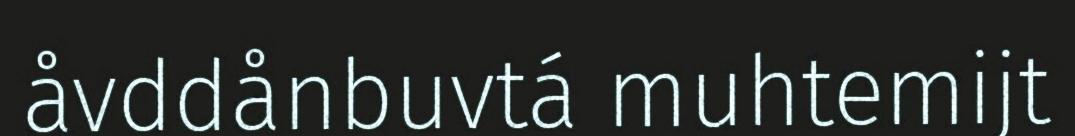
åvddånbuvtá muhtemijt